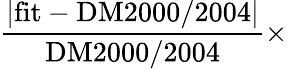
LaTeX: \frac{|\mathrm{fit}-\mathrm{DM}2000/2004|}{\mathrm{DM}2000/2004}\times